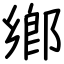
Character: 鄕